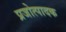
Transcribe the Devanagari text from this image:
प्रजोत्पादक